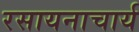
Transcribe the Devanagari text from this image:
रसायनाचार्य